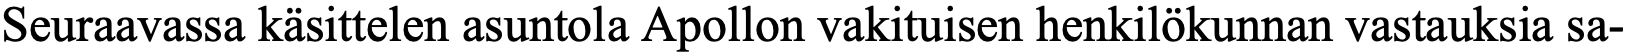
Seuraavassa käsittelen asuntola Apollon vakituisen henkilökunnan vastauksia sa-